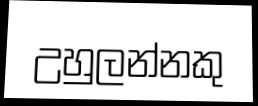
උහුලන්නකු